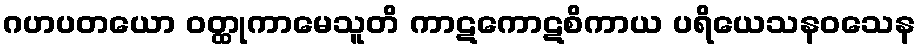
ဂဟပတယော ဝတ္ထုကာမေသူတိ ကာဋကောဋစိကာယ ပရိယေသနဝသေန